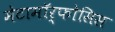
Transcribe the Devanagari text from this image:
मेटामॉर्फोसिस